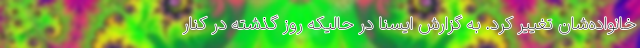
خانواده‌شان تغییر کرد. به گزارش ایسنا در حالیکه روز گذشته در کنار